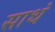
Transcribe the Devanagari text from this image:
साथं